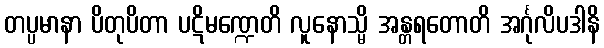
တပ္ပမာနာ ပိတုပိတာ ပဋိမဏ္ဍေတိ လူနောသ္မိ အန္တရတောတိ အင်္ဂုလိပဒါနိ